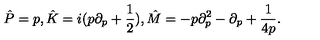
\hat { P } = p , \hat { K } = i ( p \partial _ { p } + \frac { 1 } { 2 } ) , \hat { M } = - p \partial _ { p } ^ { 2 } - \partial _ { p } + \frac { 1 } { 4 p } .